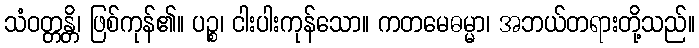
သံဝတ္တန္တိ၊ ဖြစ်ကုန်၏။ ပဉ္စ၊ ငါးပါးကုန်သော။ ကတမေဓမ္မာ၊ အဘယ်တရားတို့သည်။